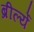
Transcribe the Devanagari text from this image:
ब्रीर्ल्ये